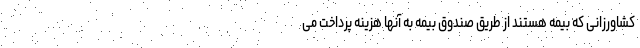
کشاورزانی که بیمه هستند از طریق صندوق بیمه به آنها هزینه پرداخت می